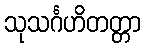
သုသင်္ဂဟိတတ္တာ